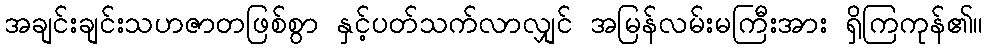
အချင်းချင်းသဟဇာတဖြစ်စွာ နှင့်ပတ်သက်လာလျှင် အမြန်လမ်းမကြီးအား ရှိကြကုန်၏။